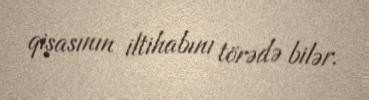
qişasının iltihabını törədə bilər.